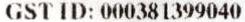
GST ID: 000381399040